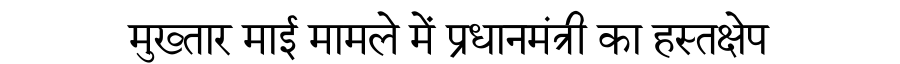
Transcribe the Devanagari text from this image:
मुख्तार माई मामले में प्रधानमंत्री का हस्तक्षेप